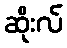
ဆိုးလ်